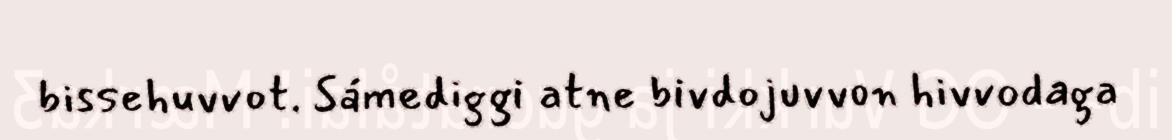
bissehuvvot. Sámediggi atne bivdojuvvon hivvodaga